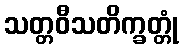
သတ္တဝီသတိက္ခတ္တုံ